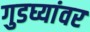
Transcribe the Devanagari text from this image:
गुडघ्यांवर